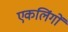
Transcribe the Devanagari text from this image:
एकलिंगों